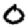
Digit: 0